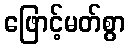
ဖြောင့်မတ်စွာ